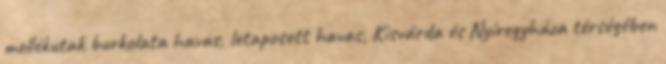
mellékutak burkolata havas, letaposott havas, Kisvárda és Nyíregyháza térségében